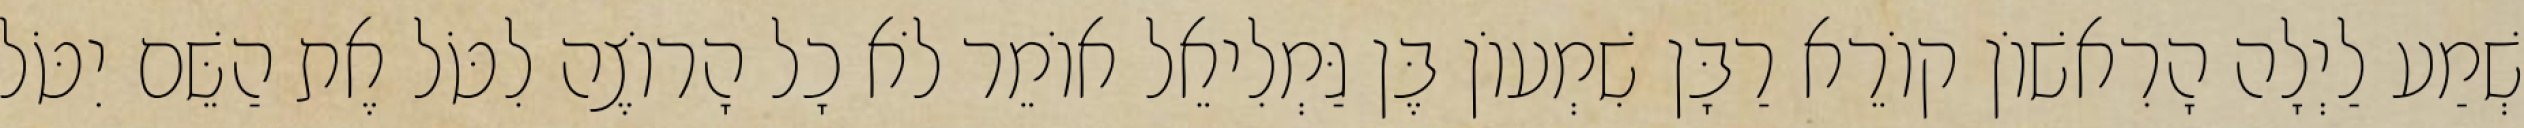
שְׁמַע לַיְלָה הָרִאשׁוֹן קוֹרֵא רַבָּן שִׁמְעוֹן בֶּן גַּמְלִיאֵל אוֹמֵר לֹא כָל הָרוֹצֶה לִטֹּל אֶת הַשֵּׁם יִטֹּל